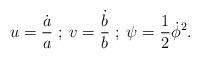
LaTeX: \begin{align*} u=\frac{\dot{a}}{a}\; ; \;v=\frac{\dot{b}}{b}\; ; \;\psi=\frac{1}{2}\dot{\phi}^{2}.\end{align*}